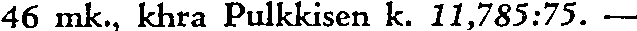
46 mk., khra Pulkkisen k. 11,785:75. —